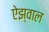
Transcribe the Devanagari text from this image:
ऐझ्वाल